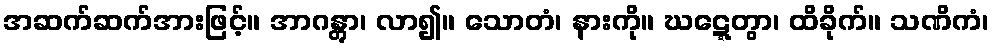
အဆက်ဆက်အားဖြင့်။ အာဂန္တွာ၊ လာ၍။ သောတံ၊ နားကို။ ဃဋ္ဋေတွာ၊ ထိခိုက်။ သဏိကံ၊